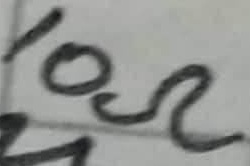
Text: 10Ω